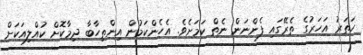
ހަތަރު އަހަރުގެ ތެރޭގައި ފެންނަން ނެތް ކަމަށެވެ. އެހެންކަމުން އިންތިހާބާ ދިމާކޮށް ކުއްލިއަކަށް